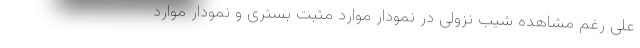
علی رغم مشاهده شیب نزولی در نمودار موارد مثبت بستری و نمودار موارد